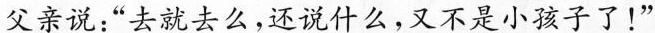
父亲说：“去就去么，还说什么，又不是小孩子了！”